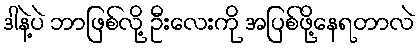
ဒါနဲ့ပဲ ဘာဖြစ်လို့ ဦးလေးကို အပြစ်ဖို့နေရတာလဲ